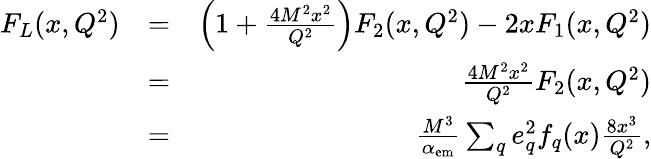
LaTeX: \begin{array}{rlr}{F_{L}(x,Q^{2})}&{=}&{\left(1+\frac{4M^{2}x^{2}}{Q^{2}}\right)F_{2}(x,Q^{2})-2xF_{1}(x,Q^{2})}\\ &{=}&{\frac{4M^{2}x^{2}}{Q^{2}}F_{2}(x,Q^{2})}\\ &{=}&{\frac{M^{3}}{\alpha_{\mathrm{em}}}\sum_{q}e_{q}^{2}f_{q}(x)\frac{8x^{3}}{Q^{2}},}\end{array}